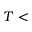
T <